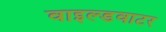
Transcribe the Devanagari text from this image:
वाइल्डवाटर